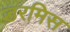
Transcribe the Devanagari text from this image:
डरमिस